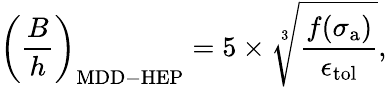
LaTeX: \left(\frac{B}{h}\right)_{\mathrm{{MDD-HEP}}}=5\times\sqrt[3]{\frac{f(\sigma_{\mathrm{{a}}})}{\epsilon_{\mathrm{{tol}}}}},